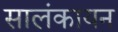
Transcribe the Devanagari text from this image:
सालंकायन